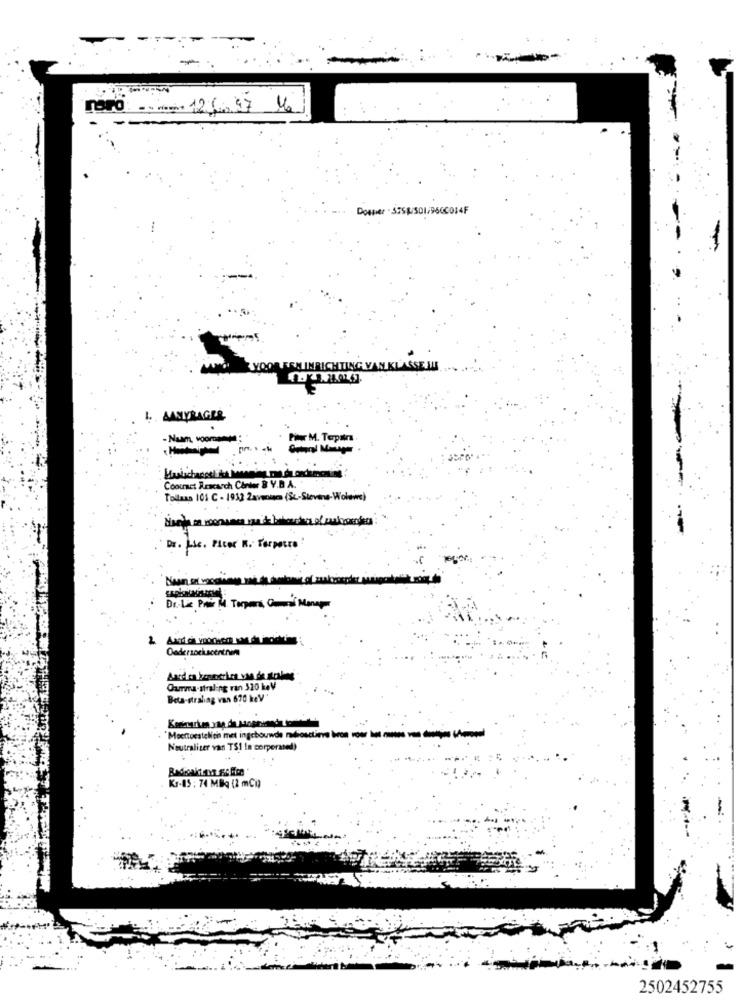
naro . det 12/0.97 M.
ALTENINRICHTING VAN KLASSE IN
1. AANVRAGER
-Num vooment
Pier M. Terpstra
Halichappel the me
Coounct Bracarch Carter B Y.B.A.
Tollasa 101 C - 1933 2avecinca (Sc-Stevens-Woleine)
Dr. Lic. Plcor R. Tarpetro!
Dr.Le Prix Mu Torpara, Comin' Manager
Onderzoekscentrum
Gua-straling ran 320 kaV
Beta-straling van 670 keV '
Meettoestelich met ingebouwde radiosctine bron voor besos -
Noutraliter van TS1 In corpermed)
KJ-15 : 74 MBq (2 mCi)
2502452755